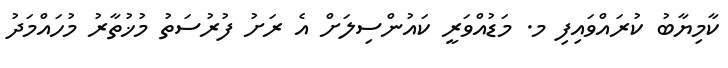
ކާމިޔާބު ކުރައްވައިފި މ. މަޑުއްވަރީ ކައުންސިލަށް އެ ރަށު ފުރުސަތު މުޚުތާރު މުހައްމަދު